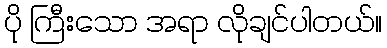
ပို ကြီးသော အရာ လိုချင်ပါတယ်။